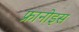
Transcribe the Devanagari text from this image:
फ्रानोइस